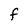
Character: F